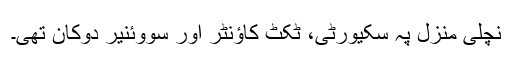
نچلی منزل پہ سکیورٹی، ٹکٹ کاؤنٹر اور سووئنیر دوکان تھی۔